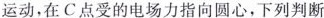
运动，在C点受的电场力指向圆心，下列判断